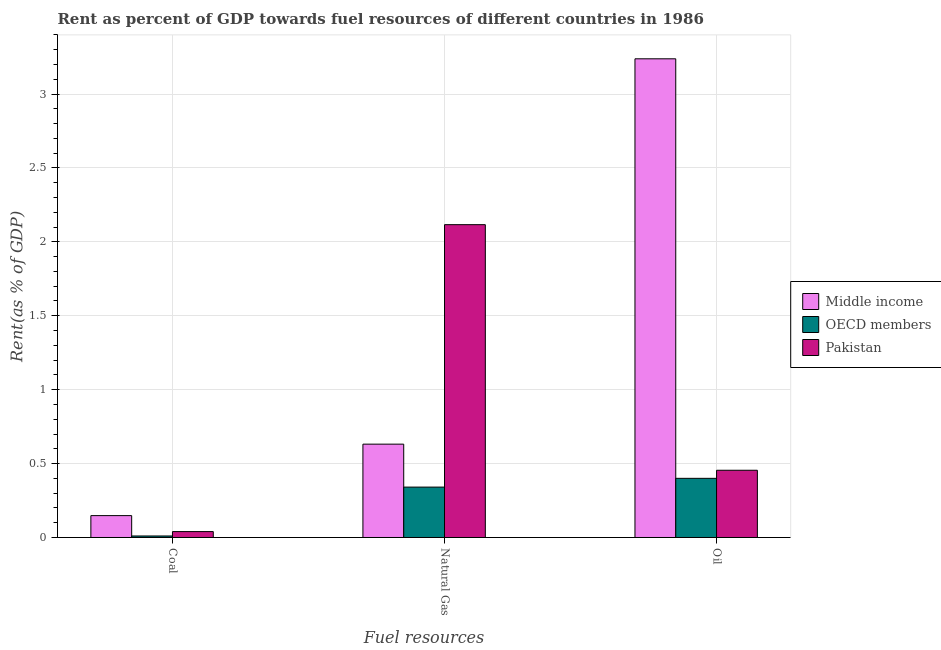
| Fuel resources | Middle income | OECD members | Pakistan |
 | --- | --- | --- | --- |
 | Coal | 0.148 | 0.0102 | 0.0399 |
 | Natural Gas | 0.631 | 0.341 | 2.12 |
 | Oil | 3.24 | 0.4 | 0.455 |